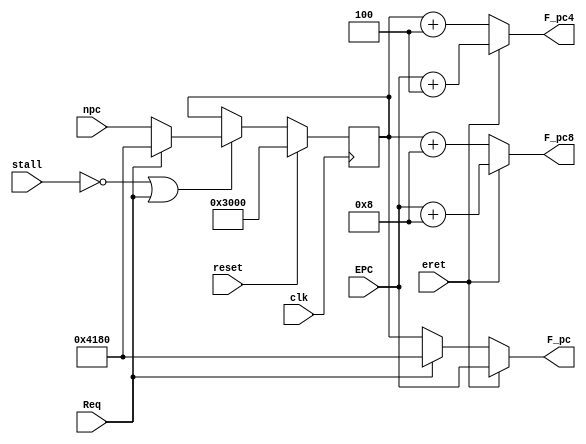
module PC (
    //input 
    input clk,
    input reset,
    input stall,
    input [31:0] npc,
	 input Req,
	 input eret,
	 input [31:0] EPC,
    //output
    output [31:0] F_pc8,
	 output [31:0] F_pc4,
    output [31:0] F_pc
);

reg [31:0] temp ;

always @(posedge clk ) begin
    if (reset) begin
        temp <= 32'h0000_3000;
    end
    else if ((!stall) || Req) begin
        temp <= (Req) ? 32'h0000_4180 :
					 npc;
    end
end

assign F_pc = (eret) ? EPC : ( Req ? 32'h0000_4180 : temp);
assign F_pc4 = (eret) ? (EPC + 4) : temp + 4;
assign F_pc8 = (eret) ? (EPC + 8) : temp + 8;
    
endmodule